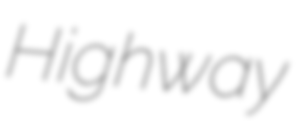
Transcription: Highway